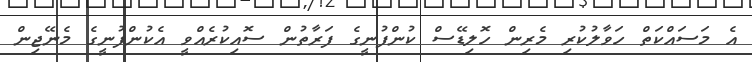
އެ މަސައްކަތް ހަވާލުކުރި މެރިން ހޮލިޑޭސް ކުންފުނީގެ ފަރާތުން ސޮއިކުރެއްވީ އެކުންފުނީގެ މެނޭޖިން